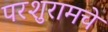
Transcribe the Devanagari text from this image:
परशुरामचे